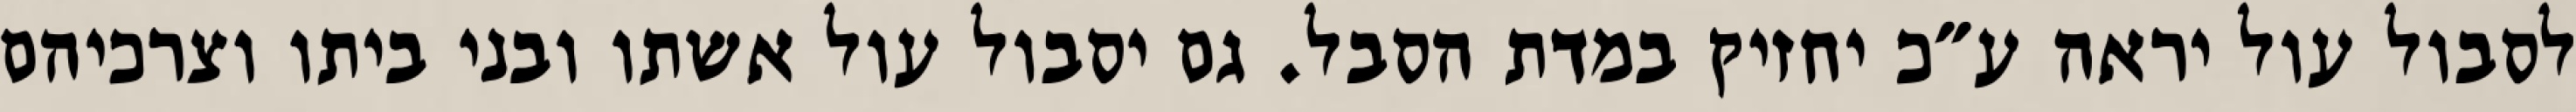
לסבול עול יראה ע״כ יחזיק במדת הסבל. גם יסבול עול אשתו ובני ביתו וצרכיהם